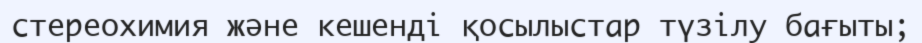
стереохимия және кешенді қосылыстар түзілу бағыты;